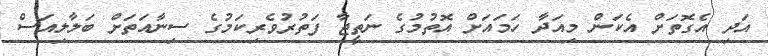
އަދި އެގޮތަށް އެކަން މިއަދާ ހަމައަށް އޮތުމުގެ ނަތީޖާ ފަތުރުވެރިކަމުގެ ސިނާއަތަށް ބަލާލިއަސް